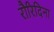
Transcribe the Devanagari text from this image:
रौरिदिना